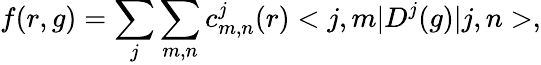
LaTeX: f(r,g)=\sum_{j}\sum_{m,n}c_{m,n}^{j}(r)<j,m|D^{j}(g)|j,n>,